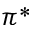
\pi ^ { * }